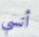
أنسي